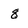
Character: g